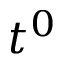
t ^ { 0 }